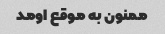
ممنون به موقع اومد